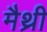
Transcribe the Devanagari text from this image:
मैथ्री